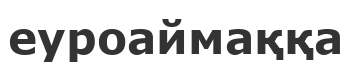
еуроаймаққа